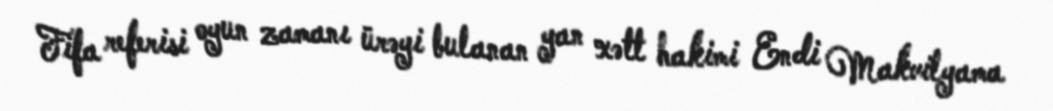
Fifa referisi oyun zamanı ürəyi bulanan yan xətt hakimi Endi Makvilyama